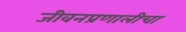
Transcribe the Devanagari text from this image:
जीवनप्रणालीचा